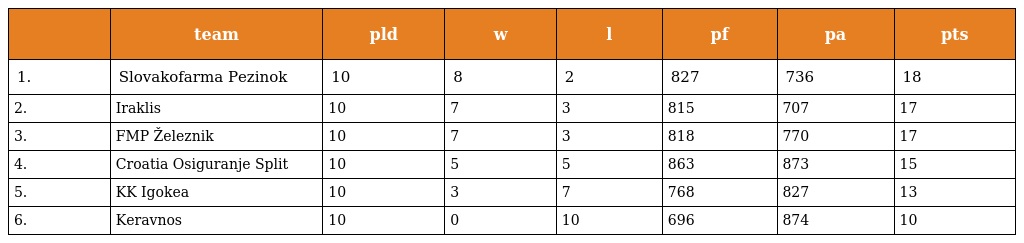
|  | team | pld | w | l | pf | pa | pts |
 | --- | --- | --- | --- | --- | --- | --- | --- |
 | 1. | Slovakofarma Pezinok | 10 | 8 | 2 | 827 | 736 | 18 |
 | 2. | Iraklis | 10 | 7 | 3 | 815 | 707 | 17 |
 | 3. | FMP Železnik | 10 | 7 | 3 | 818 | 770 | 17 |
 | 4. | Croatia Osiguranje Split | 10 | 5 | 5 | 863 | 873 | 15 |
 | 5. | KK Igokea | 10 | 3 | 7 | 768 | 827 | 13 |
 | 6. | Keravnos | 10 | 0 | 10 | 696 | 874 | 10 |